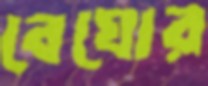
বেঘোর